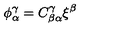
\phi _ { \alpha } ^ { \gamma } = C ^ { \gamma } _ { \beta \alpha } \xi ^ { \beta }